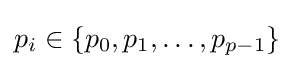
p_{i}\in \{p_{0},p_{1},\dots ,p_{p-1}\}